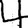
Digit: 4